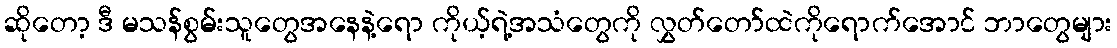
ဆိုတော့ ဒီ မသန်စွမ်းသူတွေအနေနဲ့ရော ကိုယ့်ရဲ့အသံတွေကို လွှတ်တော်ထဲကိုရောက်အောင် ဘာတွေများ